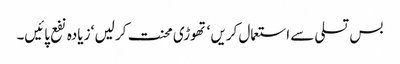
بس تسلی سے استعمال کریں ‘ تھوڑی محنت کر لیں ‘ زیادہ نفع پائیں۔